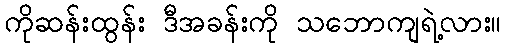
ကိုဆန်းထွန်း ဒီအခန်းကို သဘောကျရဲ့လား။